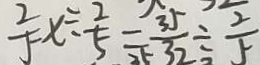
\frac { 2 } { 5 } x \div \frac { 2 } { 5 } = \frac { 3 5 } { 3 2 } \div \frac { 2 } { 5 }